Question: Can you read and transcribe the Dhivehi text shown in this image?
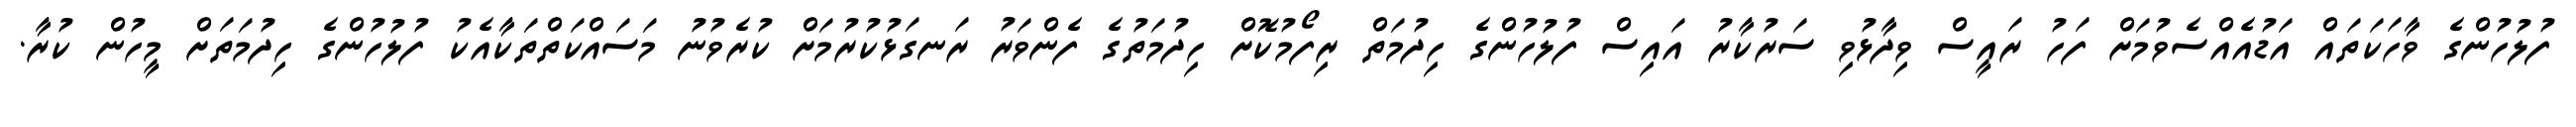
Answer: ފުލުހުންގެ ވާހަކަތައް އަޑުއެއްސެވުމަށް ފަހު ރައީސް ވިދާޅުވި ސަރުކާރު އައިސް ފުލުހުންގެ ހިދުމަތް ރިފޯމުކޮށް ހިދުމަތުގެ ފެންވަރު ރަނގަޅުކުރުމަށް ކުރެވުނު މަސައްކަތްތަކާއެކު ފުލުހުންގެ ހިދުމަތަށް މީހުން ކުރާ.